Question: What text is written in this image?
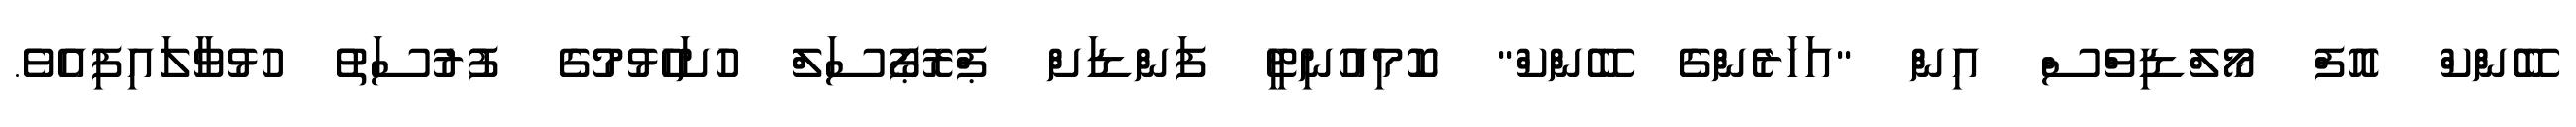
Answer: ބޭންކް އޮފް މޯލްޑިވްސް އިން "އަހަރެންގެ ބޭންކް" ކޮމިއުނިޓީ ފަންޑަށް ޕްރޮޕޯސަލް ހުށަހެޅުމުގެ ފުރުސަތު ހުޅުވާލައިފިއެވެ.